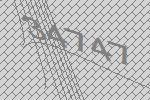
34747